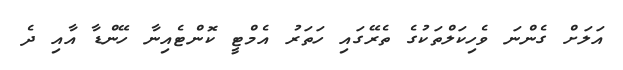
އަލަށް ގެންނަ ވެހިކަލްތަކުގެ ތެރޭގައި ހަތަރު އެމްޓީ ކޮންޓެއިނާ ހޭންޑާ އާއި ދެ